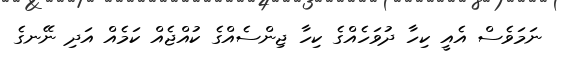
ނަމަވެސް އެއީ ކިހާ ދުވަހެއްގެ ކިހާ ޖިންސެއްގެ ކުއްޖެއް ކަމެއް އަދި ނޭނގެ